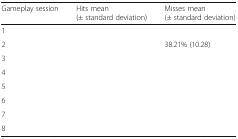
<table><thead><tr><td><b>Gameplay session</b></td><td><b>Hits mean (± standard deviation)</b></td><td><b>Misses mean (± standard deviation)</b></td></tr></thead><tbody><tr><td>1</td><td>[EMPTY_CELL]</td><td>[EMPTY_CELL]</td></tr><tr><td>2</td><td>[EMPTY_CELL]</td><td>38.21% (10.28)</td></tr><tr><td>3</td><td>[EMPTY_CELL]</td><td>[EMPTY_CELL]</td></tr><tr><td>4</td><td>[EMPTY_CELL]</td><td>[EMPTY_CELL]</td></tr><tr><td>5</td><td>[EMPTY_CELL]</td><td>[EMPTY_CELL]</td></tr><tr><td>6</td><td>[EMPTY_CELL]</td><td>[EMPTY_CELL]</td></tr><tr><td>7</td><td>[EMPTY_CELL]</td><td>[EMPTY_CELL]</td></tr><tr><td>8</td><td>[EMPTY_CELL]</td><td>[EMPTY_CELL]</td></tr></tbody></table>